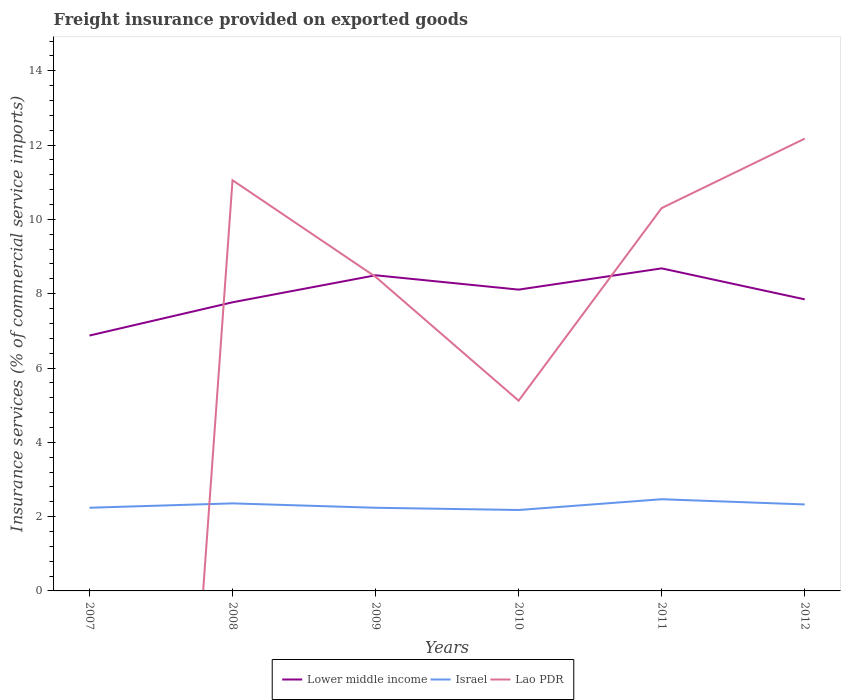
| Years | Lower middle income | Israel | Lao PDR |
 | --- | --- | --- | --- |
 | 2007 | 6.87 | 2.24 | -42.8 |
 | 2008 | 7.77 | 2.36 | 11.1 |
 | 2009 | 8.5 | 2.24 | 8.45 |
 | 2010 | 8.11 | 2.18 | 5.12 |
 | 2011 | 8.68 | 2.47 | 10.3 |
 | 2012 | 7.85 | 2.33 | 12.2 |